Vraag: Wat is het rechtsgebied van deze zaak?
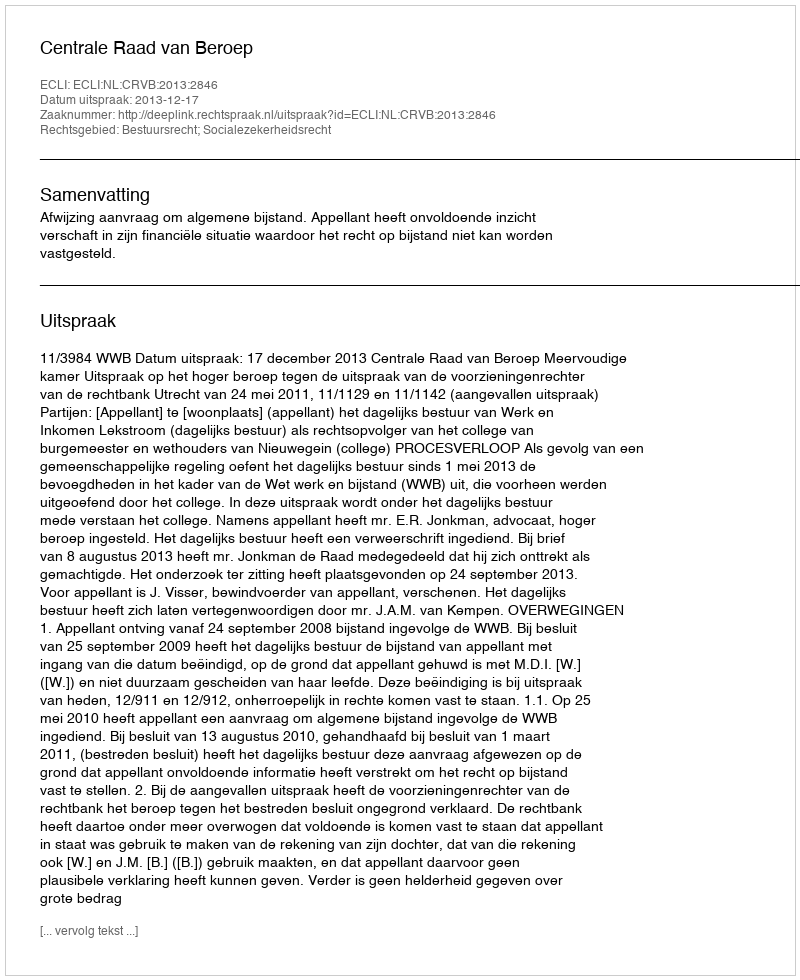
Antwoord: Bestuursrecht; Socialezekerheidsrecht